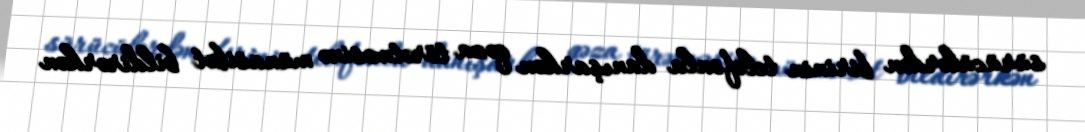
sürücülərdən birinin telefonla danışarkən qəza törətməsinə münasibət bildirərkən